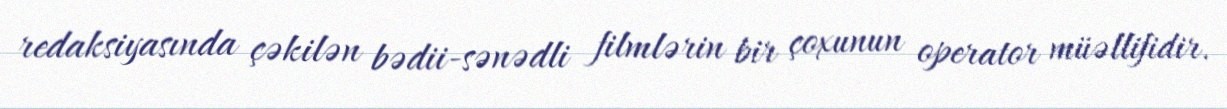
redaksiyasında çəkilən bədii-sənədli filmlərin bir çoxunun operator müəllifidir.